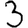
Digit: 3